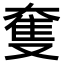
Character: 𡙜